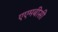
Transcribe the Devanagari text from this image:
एएमबीसी